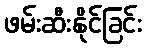
ဖမ်းဆီးနိုင်ခြင်း